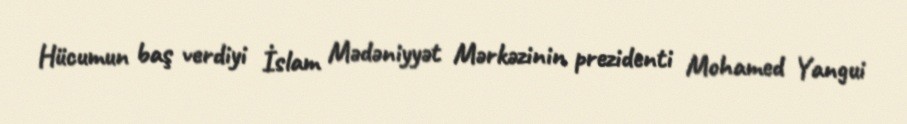
Hücumun baş verdiyi İslam Mədəniyyət Mərkəzinin prezidenti Mohamed Yangui